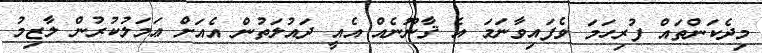
މިދެކަންތައް ފުރިހަމަ ވެފައިވާނަމަ އެ ޤާނޫނެއް އެއީ ދައުލަތުން އެއަށް ޢަމަލުކުރުން ލާޒިމު